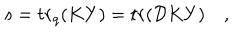
s = t r _ { q } ( K Y ) = t r ( { \cal D } K Y ) \quad ,